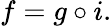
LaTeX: f=g\circ i.